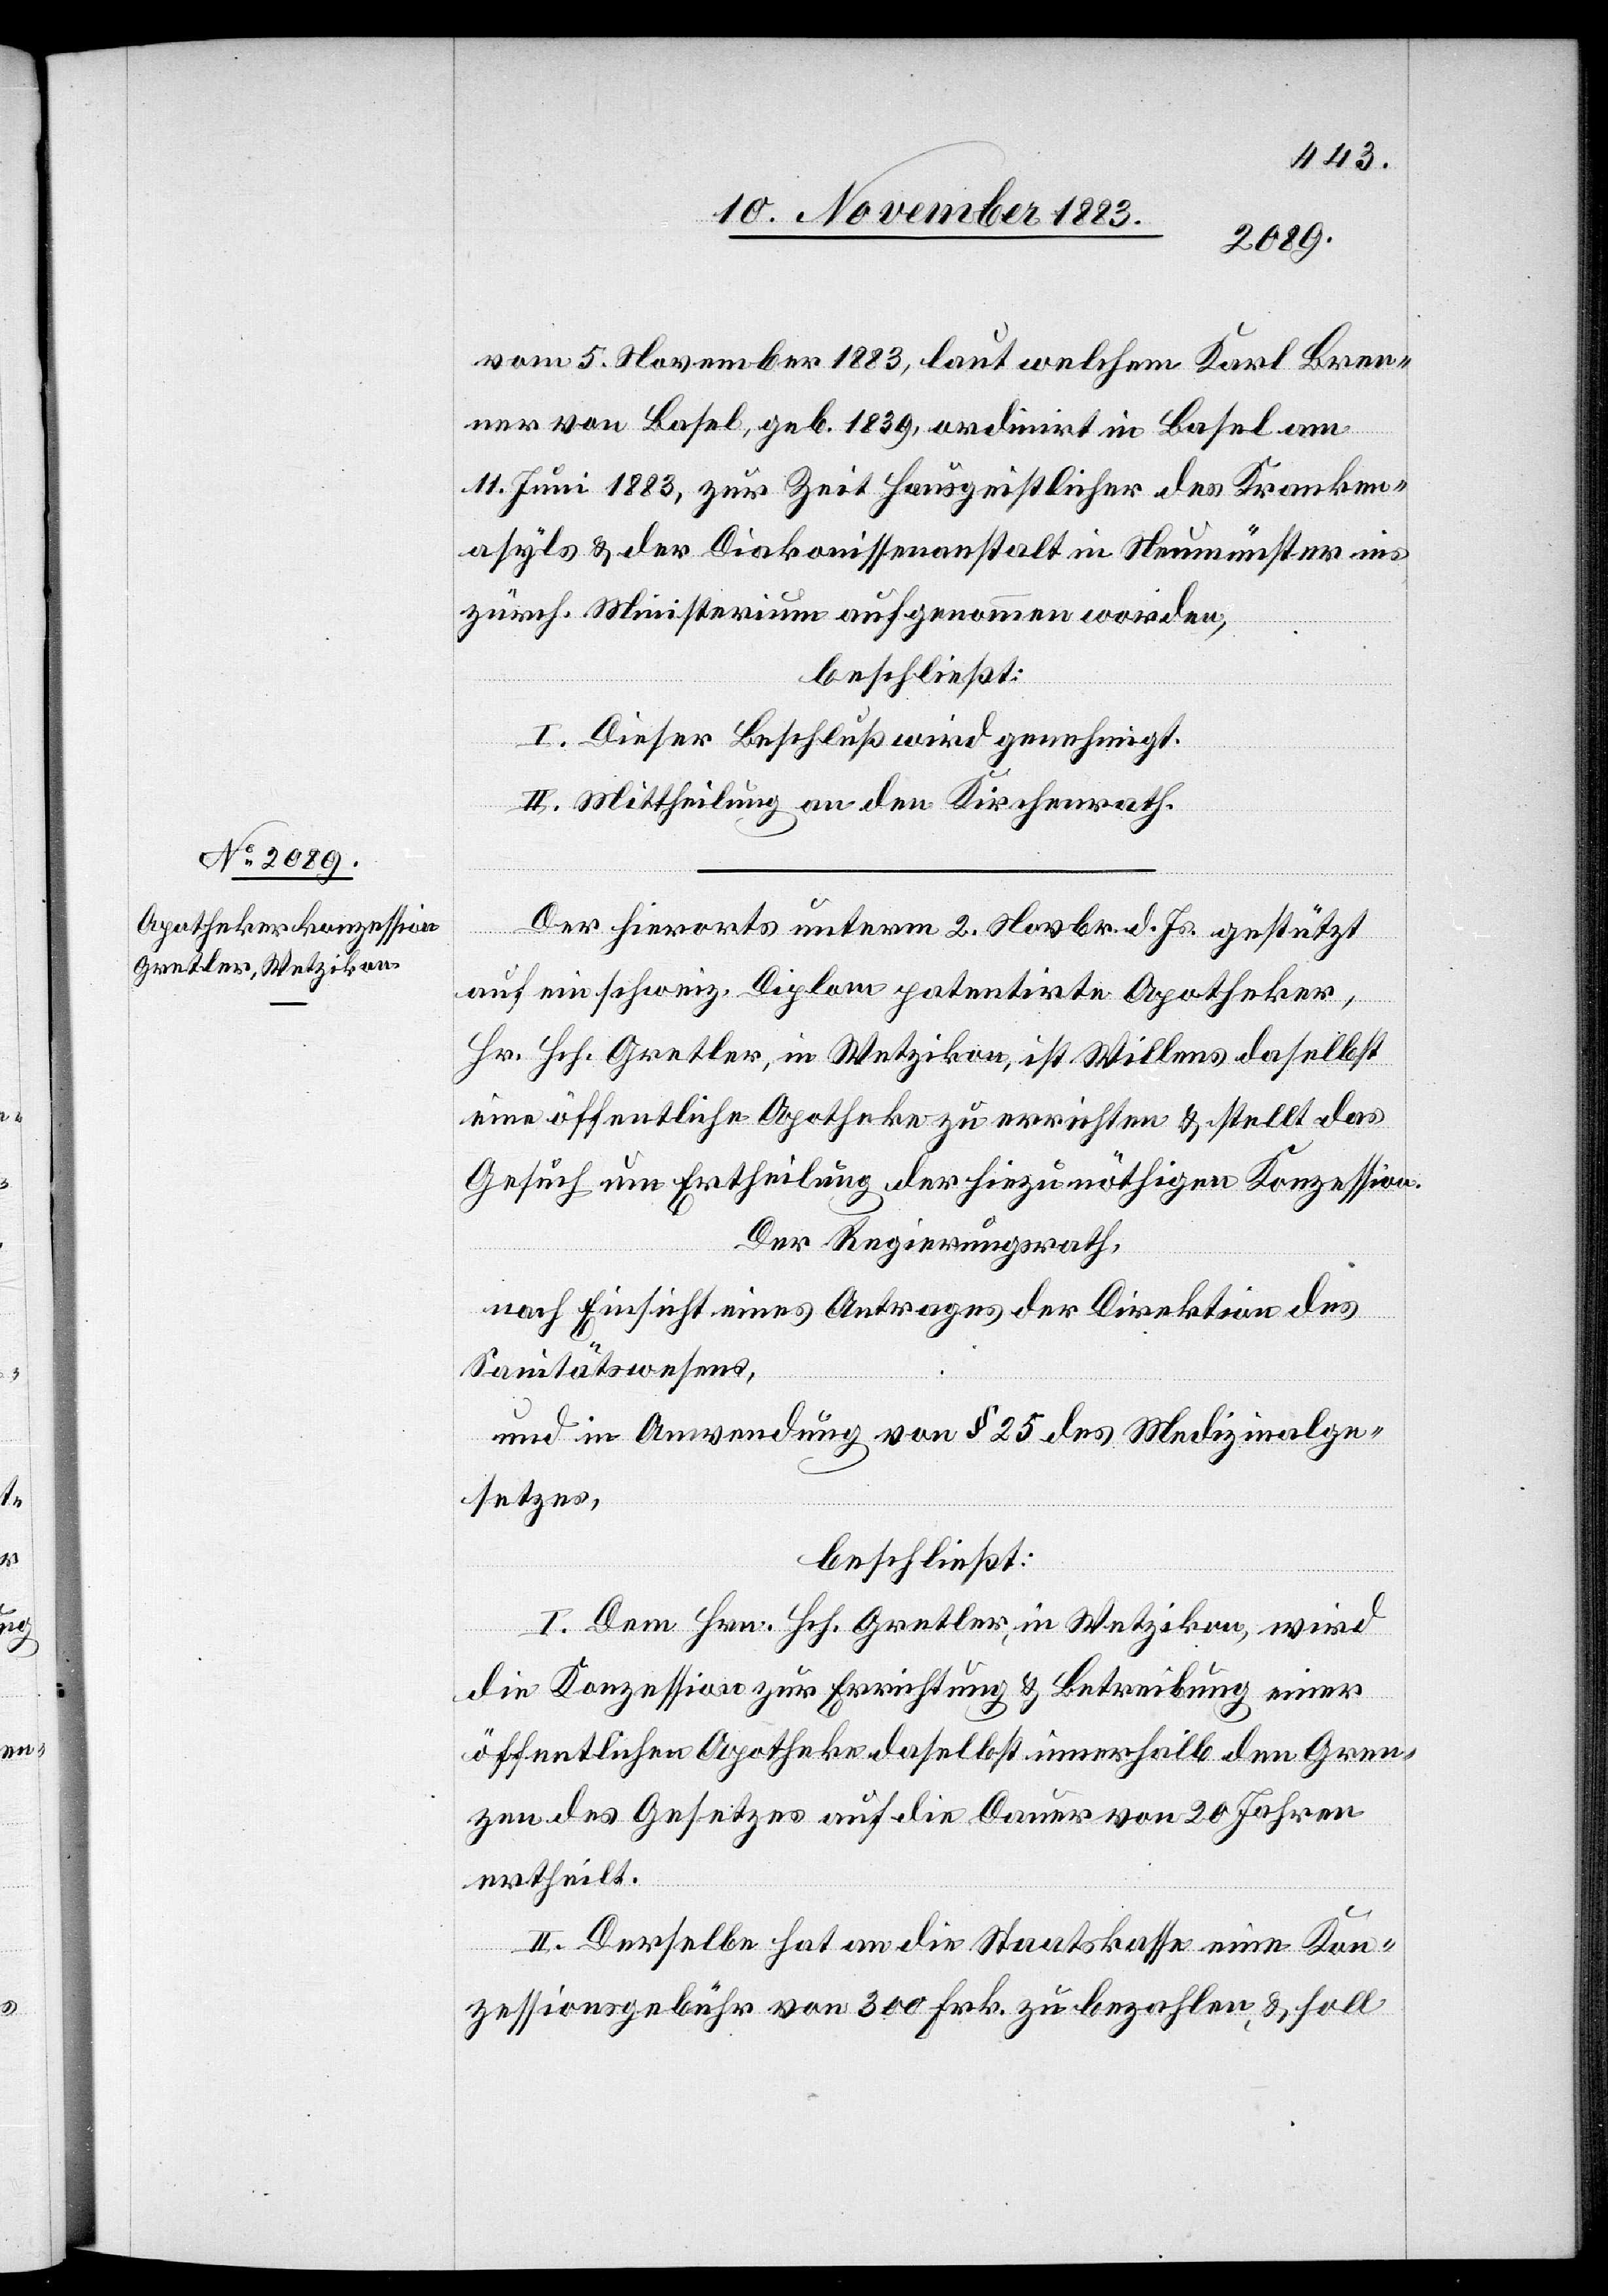
vom 5. November 1883, laut welchem Karl Bren¬
ner von Basel, geb. 1839, ordinirt in Basel am
11. Juni 1883, zur Zeit Hausgeistlicher des Kranken¬
asyls & der Diakonissenanstalt in Neumünster ins
zürch. Ministerium aufgenommen worden,
beschließt:
I. Dieser Beschluß wird genehmigt.
II. Mittheilung an den Kirchenrath.
Der hierorts unterm 2. Novbr. d. Js. gestützt
auf ein schweiz. Diplom patentirte Apotheker,
Hr. Hch. Gretler, in Wetzikon, ist Willens daselbst
eine öffentliche Apotheke zu errichten & stellt das
Gesuch um Ertheilung der hiezu nöthigen Konzession.
Der Regierungsrath,
nach Einsicht eines Antrages der Direktion des
Sanitätswesens,
und in Anwendung von § 25 des Medizinalge¬
setzes,
beschließt:
I. Dem Hrn. Hch. Gretler, in Wetzikon, wird
die Konzession zur Errichtung & Betreibung einer
öffentlichen Apotheke daselbst innerhalb den Gren¬
zen des Gesetzes auf die Dauer von 20 Jahren
ertheilt.
II. Derselbe hat an die Staatskasse eine Kon¬
zessionsgebühr von 300 Frk. zu bezahlen, & soll